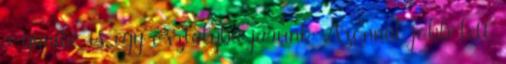
a gimibe is egy osztályba járunk Azonnal jobb lett